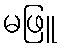
မဖြူ